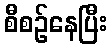
စီစဉ်နေပြီး